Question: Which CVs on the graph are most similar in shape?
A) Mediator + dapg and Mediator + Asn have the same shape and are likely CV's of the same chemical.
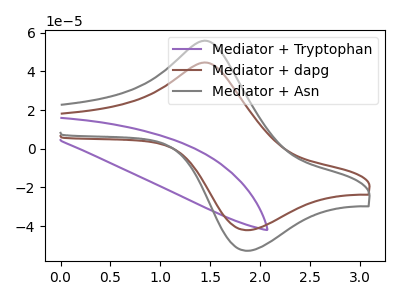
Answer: <think>The purple curve "Mediator + Tryptophan" has no peaks. The brown curve "Mediator + dapg" has an anodic peak at (1.50V, 44.30uA) and a cathodic peak at (1.85V, -42.10uA). The gray curve "Mediator + Asn" has an anodic peak at (1.50V, 55.50uA) and a cathodic peak at (1.85V, -52.75uA).
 "Mediator + Tryptophan" and "Mediator + dapg" have a different number of peaks. "Mediator + Tryptophan" and "Mediator + Asn" have a different number of peaks. All the peaks in "Mediator + dapg" have a peak in "Mediator + Asn" at the same potential. Every peak in "Mediator + dapg" is lower than every peak in "Mediator + Asn".</think>
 <answer>A) "Mediator + dapg" and "Mediator + Asn" have the same shape and are likely CV's of the same chemical.</answer>
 <eval>A</eval>